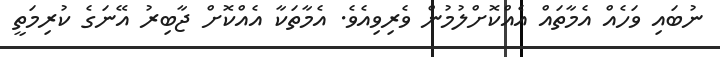
ނުބައި ވަހެއް އެމާތައް އެއްކޮށްލުމުން ވެރިވިއެވެ. އެމާތަކާ އެއްކޮށް ޖާބިރު އޭނަގެ ކުރިމަތީ